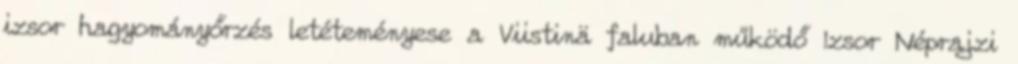
izsor hagyományőrzés letéteményese a Viistinä faluban működő Izsor Néprajzi